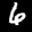
Label: 6